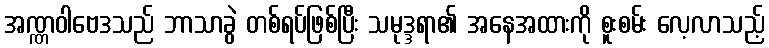
အဏ္ဏဝါဗေဒသည် ဘာသာခွဲ တစ်ရပ်ဖြစ်ပြီး သမုဒ္ဒရာ၏ အနေအထားကို စူးစမ်း လေ့လာသည့်